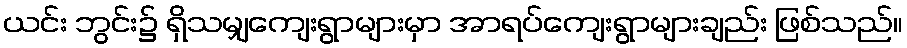
ယင်း ဘွင်း၌ ရှိသမျှကျေးရွာများမှာ အာရပ်ကျေးရွာများချည်း ဖြစ်သည်။